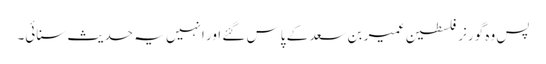
پس وہ گورنر فلسطین عمیر بن سعد کے پاس گئے اور انہیں یہ حدیث سنائی۔